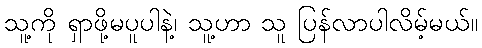
သူ့ကို ရှာဖို့မပူပါနဲ့၊ သူ့ဟာ သူ ပြန်လာပါလိမ့်မယ်။